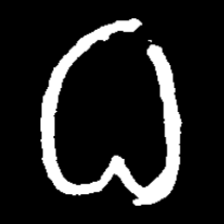
Pyu character \u2014 Myanmar letter: ဓ (romanized: dha)